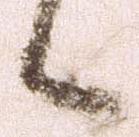
候